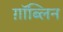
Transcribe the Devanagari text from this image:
ग़ॉब्लिन